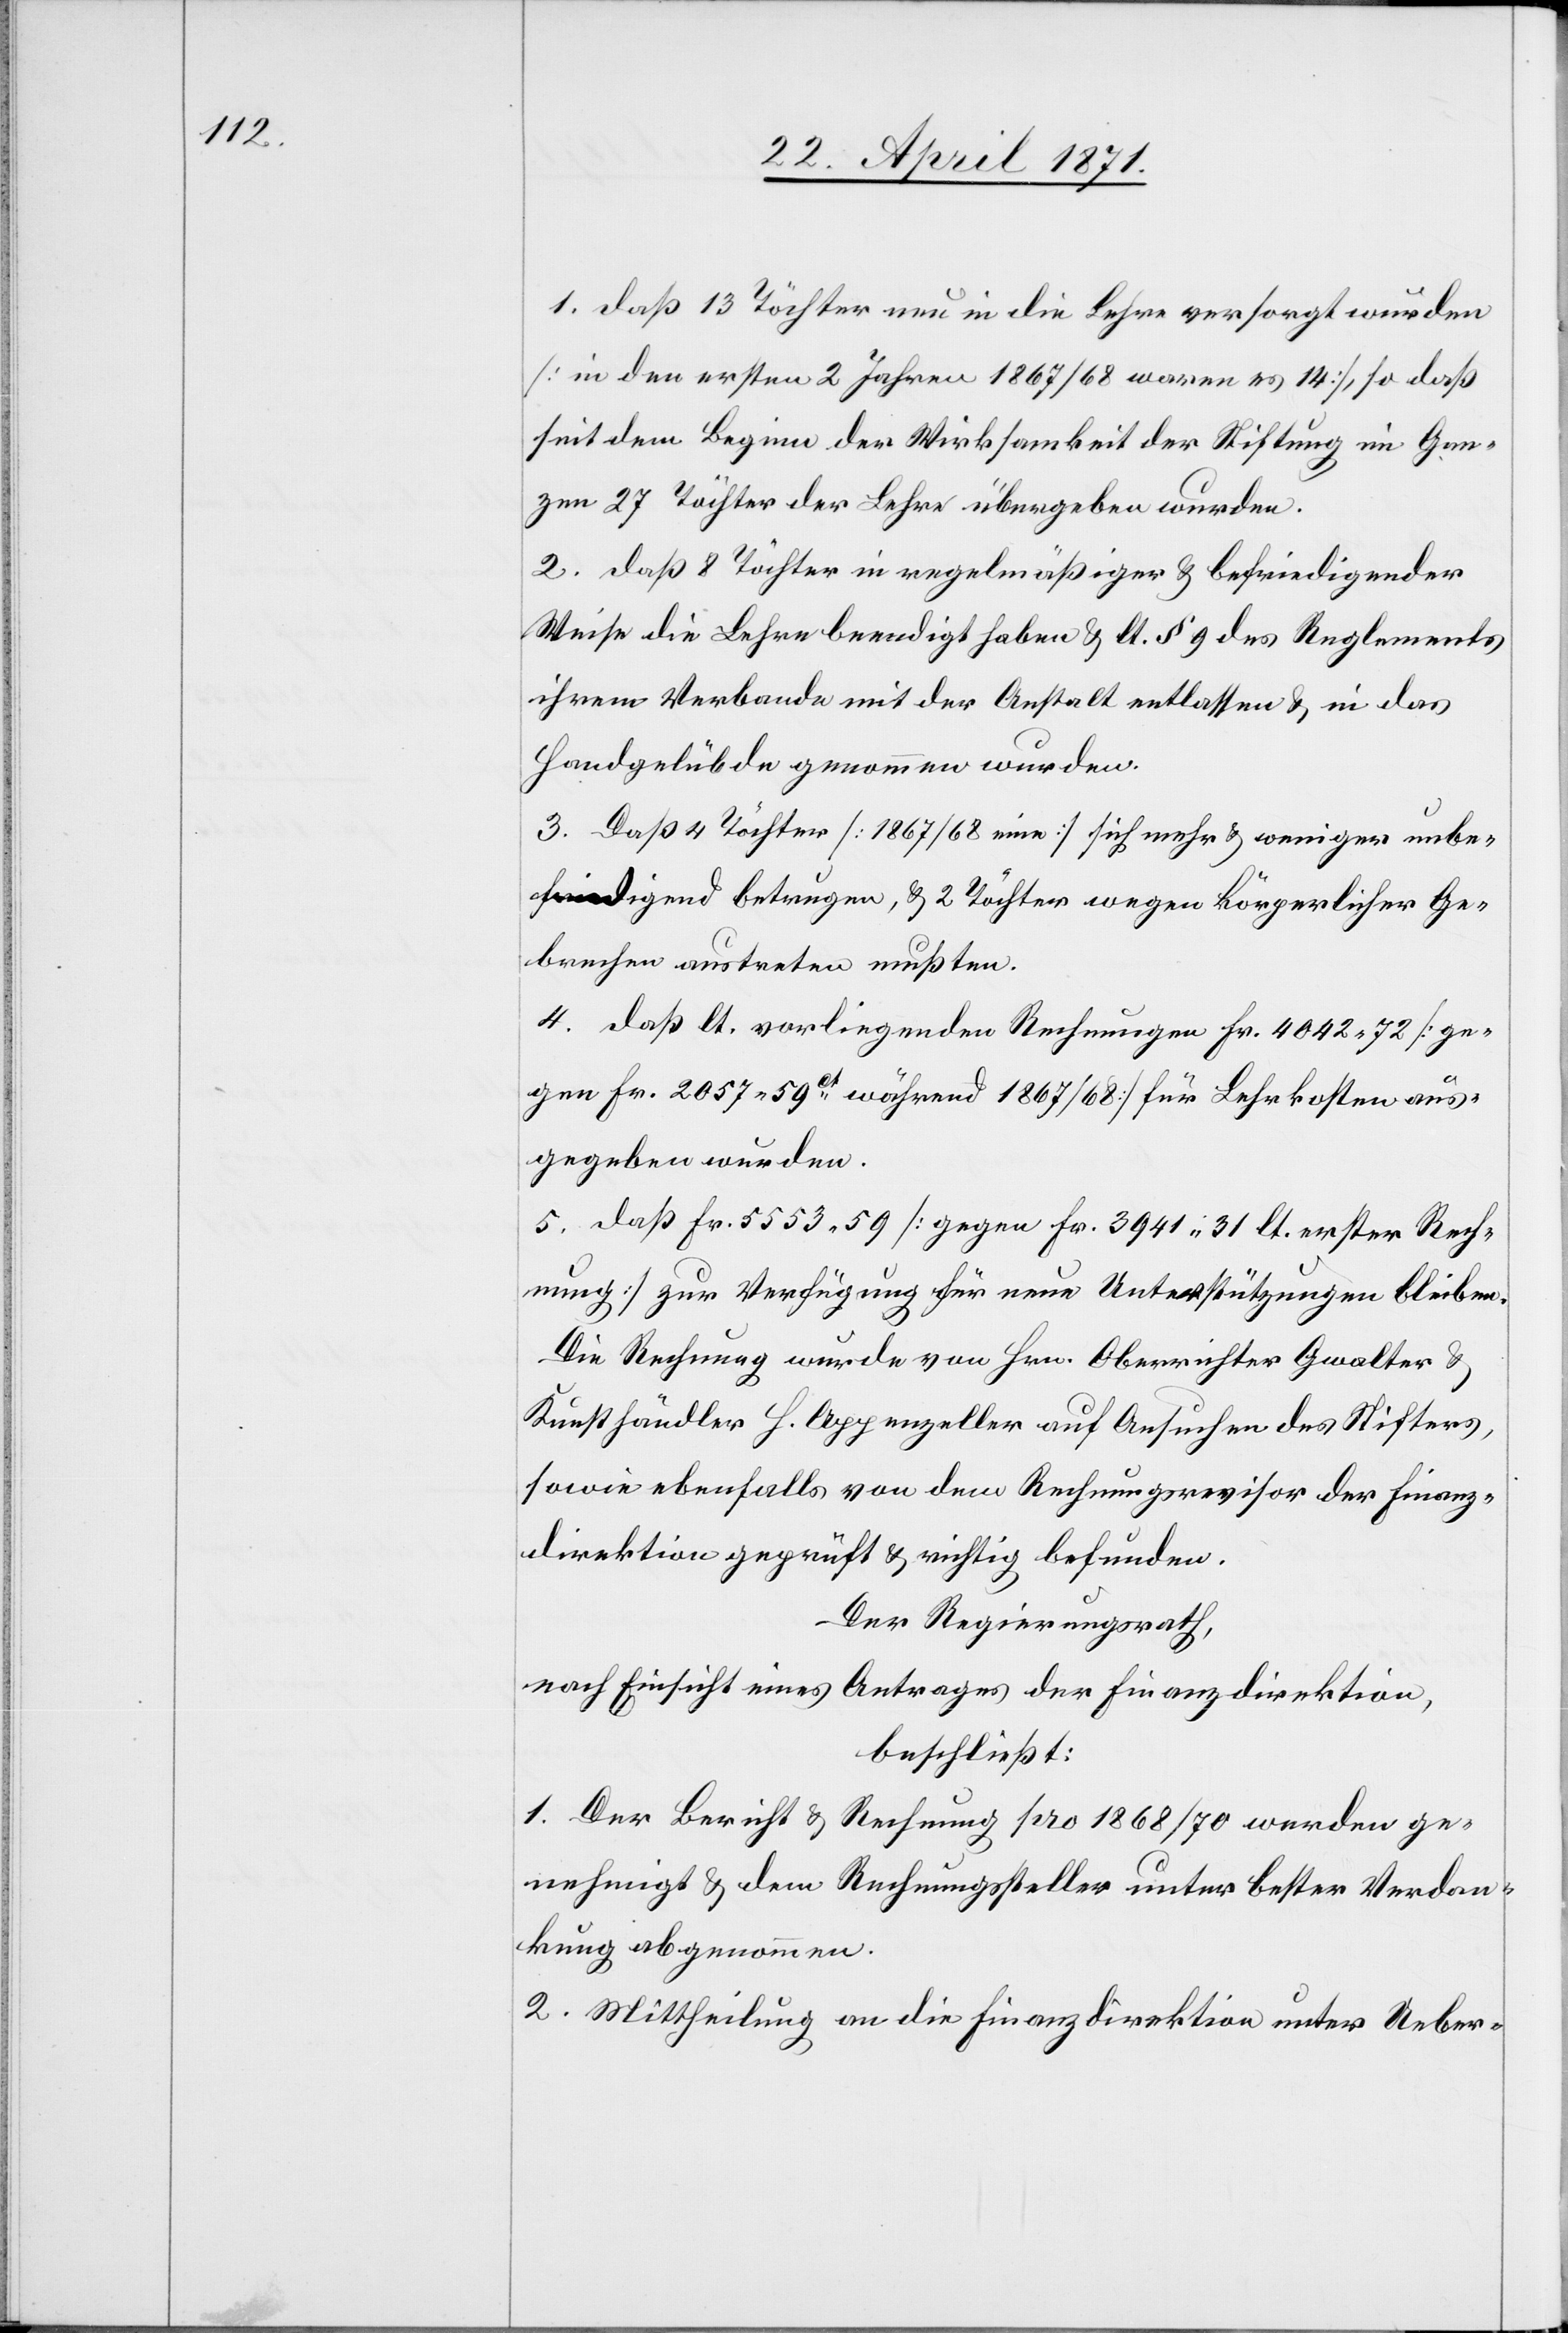
1. daß 13 Töchter nun in die Lehre versorgt wurden
[in den ersten 2 Jahren 1867/68 waren es 14], so daß
seit dem Beginn der Wirksamkeit der Stiftung im Gan¬
zen 27 Töchter der Lehre übergeben wurden.
2. daß 8 Töchter in regelmäßiger u. befriedigender
Weise die Lehre beendigt haben u. lt. § 9 des Reglements
ihrem Verbande mit der Anstalt entlassen u. in das
Handgelübde genommen wurden.
3. Daß 4 Töchter [1867/68 eine] sich mehr u. weniger unbe¬
friedigend betrugen, u. 2 Töchter wegen körperlicher Ge¬
brechen austreten mußten.
4. daß lt. vorliegenden Rechnungen Fr. 4042.72 [ge¬
gen Fr. 2057.59ct während 1867/68] für Lehrkosten aus¬
gegeben wurden.
5. daß Fr. 5553.59 [gegen Fr. 3941.31 lt. erster Rech¬
nung] zur Verfügung für neue Unterstützungen bleiben.
Die Rechnung wurde von Hrn. Oberrichter Gwalter u.
Kunsthändler H. Appenzeller auf Aufsuchen des Stifters,
sowie ebenfalls von dem Rechnungsrevisor der Finanz¬
direktion geprüft u. richtig befunden.
Der Regierungsrath,
nach Einsicht eines Antrages der Finanzdirektion,
beschließt:
1. Der Bericht u. Rechnung pro 1868/70 werden ge¬
nehmigt u. dem Rechnungssteller unter bester Verdan¬
kung abgenommen.
2. Mittheilung an die Finanzdirektion unter Ueber-